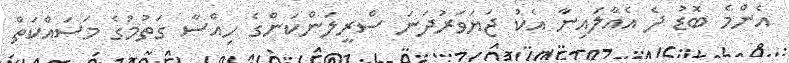
އެންމެ ބޮޑު ދެ އެއާލައިނާ އެކު ޖަޔަވަރުދަނަ ސްރީލަންކަންގެ ހިއްސާ ގަތުމުގެ މަސައްކަތް